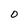
Character: O